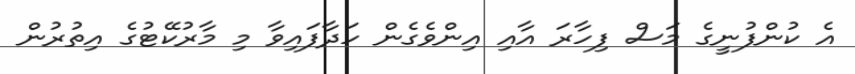
އެ ކުންފުނީގެ މަސް ފިހާރަ އާއި އިންވެގެން ހަދާފައިވާ މި މާރުކޭޓުގެ އިތުރުން